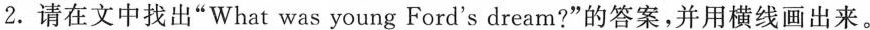
2.请在文中找出"What was young Ford's dream?"的答案,并用横线画出来。